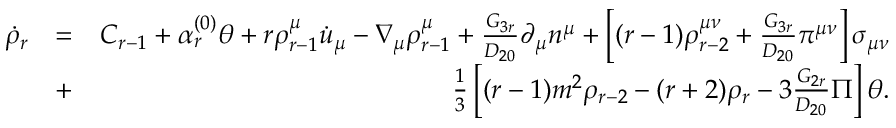
\begin{array} { r l r } { \dot { \rho } _ { r } } & { = } & { C _ { r - 1 } + \alpha _ { r } ^ { ( 0 ) } \theta + r \rho _ { r - 1 } ^ { \mu } \dot { u } _ { \mu } - \nabla _ { \mu } \rho _ { r - 1 } ^ { \mu } + \frac { G _ { 3 r } } { D _ { 2 0 } } \partial _ { \mu } n ^ { \mu } + \left[ ( r - 1 ) \rho _ { r - 2 } ^ { \mu \nu } + \frac { G _ { 3 r } } { D _ { 2 0 } } \pi ^ { \mu \nu } \right] \sigma _ { \mu \nu } } \\ & { + } & { \frac { 1 } { 3 } \left[ ( r - 1 ) m ^ { 2 } \rho _ { r - 2 } - ( r + 2 ) \rho _ { r } - 3 \frac { G _ { 2 r } } { D _ { 2 0 } } \Pi \right] \theta . } \end{array}